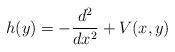
LaTeX: \begin{align*} h(y)=-\frac{d^2}{dx^2}+V(x,y)\end{align*}